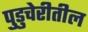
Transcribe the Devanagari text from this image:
पुडुचेरीतील